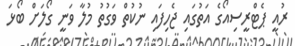
ރުއީ ޕެޓްރީސިއޯގެ އަތުގައި ޖެހިފައި ނުކުތް ވަގުތު މުލާ ވަނީ ގޯލަށް ބޯޅަ